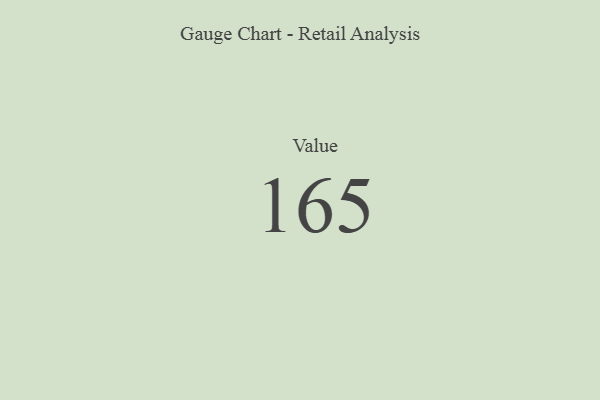
{"axis": {"x": "Metric", "y": "Value"}, "legend": [""], "data": [{"x": "Value", "y": 165, "type": ""}]}